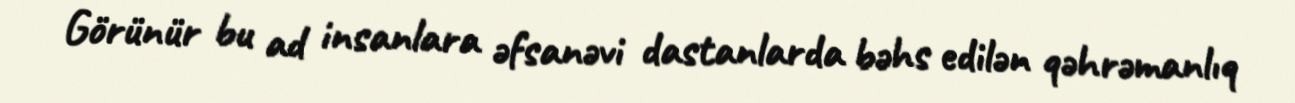
Görünür bu ad insanlara əfsanəvi dastanlarda bəhs edilən qəhrəmanlıq